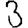
Digit: 3